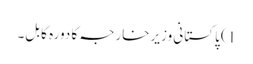
1) پاکستانی وزیرخارجہ کا دورہ کابل۔